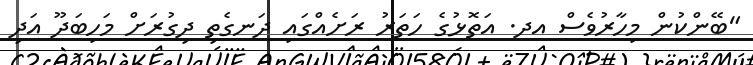
"ބޭންކުން މިހާރުވެސް އދ. އަތޮޅުގެ ހަތަރު ރަށެއްގައި ދަނގެތި ދިގުރަށް މަހިބަދޫ އަދި